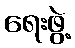
ရေးဖွဲ့